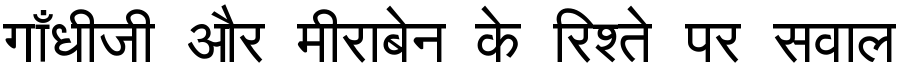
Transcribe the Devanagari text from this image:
गाँधीजी और मीराबेन के रिश्ते पर सवाल